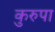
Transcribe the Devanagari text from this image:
कुरुपा